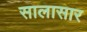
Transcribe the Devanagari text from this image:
सालासार